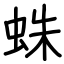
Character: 蛛